Rangoon Lunatic Asylum 1878-1892 - 1878-1892
Year: 1878
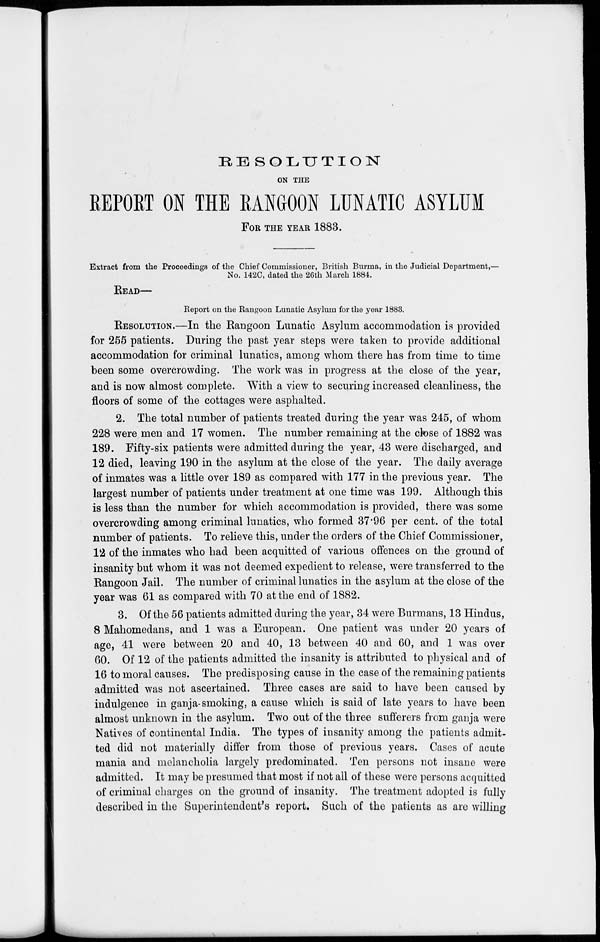
RESOLUTION
ON THE
REPORT ON THE RANGOON LUNATIC ASYLUM
FOR THE YEAR 1883.
Extract from the Proceedings of the Chief Commissioner, British Burma, in the Judicial Department,—
No. 142C, dated the 26th March 1884.
READ—
Report on the Rangoon Lunatic Asylum for the year 1883.
RESOLUTION.—In the Rangoon Lunatic Asylum accommodation is provided
for 255 patients. During the past year steps were taken to provide additional
accommodation for criminal lunatics, among whom there has from time to time
been some overcrowding. The work was in progress at the close of the year,
and is now almost complete. With a view to securing increased cleanliness, the
floors of some of the cottages were asphalted.
2. The total number of patients treated during the year was 245, of whom
228 were men and 17 women. The number remaining at the close of 1882 was
189. Fifty-six patients were admitted during the year, 43 were discharged, and
12 died, leaving 190 in the asylum at the close of the year. The daily average
of inmates was a little over 189 as compared with 177 in the previous year. The
largest number of patients under treatment at one time was 199. Although this
is less than the number for which accommodation is provided, there was some
overcrowding among criminal lunatics, who formed 37.96 per cent. of the total
number of patients. To relieve this, under the orders of the Chief Commissioner,
12 of the inmates who had been acquitted of various offences on the ground of
insanity but whom it was not deemed expedient to release, were transferred to the
Rangoon Jail. The number of criminal lunatics in the asylum at the close of the
year was 61 as compared with 70 at the end of 1882.
3. Of the 56 patients admitted during the year, 34 were Burmans, 13 Hindus,
8 Mahomedans, and 1 was a European. One patient was under 20 years of
age, 41 were between 20 and 40, 13 between 40 and 60, and 1 was over
60. Of 12 of the patients admitted the insanity is attributed to physical and of
16 to moral causes. The predisposing cause in the case of the remaining patients
admitted was not ascertained. Three cases are said to have been caused by
indulgence in ganja-smoking, a cause which is said of late years to have been
almost unknown in the asylum. Two out of the three sufferers from ganja were
Natives of continental India. The types of insanity among the patients admit-
ted did not materially differ from those of previous years. Cases of acute
mania and melancholia largely predominated. Ten persons not insane were
admitted. It may be presumed that most if not all of these were persons acquitted
of criminal charges on the ground of insanity. The treatment adopted is fully
described in the Superintendent's report. Such of the patients as are willing